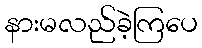
နားမလည်ခဲ့ကြပေ